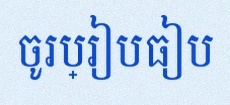
ចូរប្រៀបធៀប